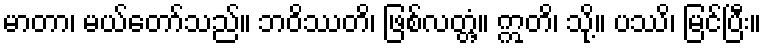
မာတာ၊ မယ်တော်သည်။ ဘဝိဿတိ၊ ဖြစ်လတ္တံ့။ ဣတိ၊ သို့။ ပဿိ၊ မြင်ပြီး။